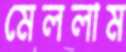
মেললাম